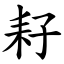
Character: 耔